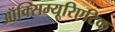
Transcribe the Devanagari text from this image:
ऑक्सिम्यूरिएटिक